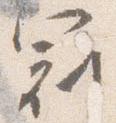
冠